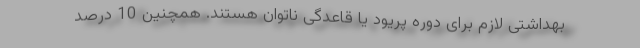
بهداشتی لازم برای دوره پریود یا قاعدگی ناتوان هستند. همچنین 10 درصد